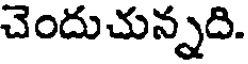
చెందుచున్నది.